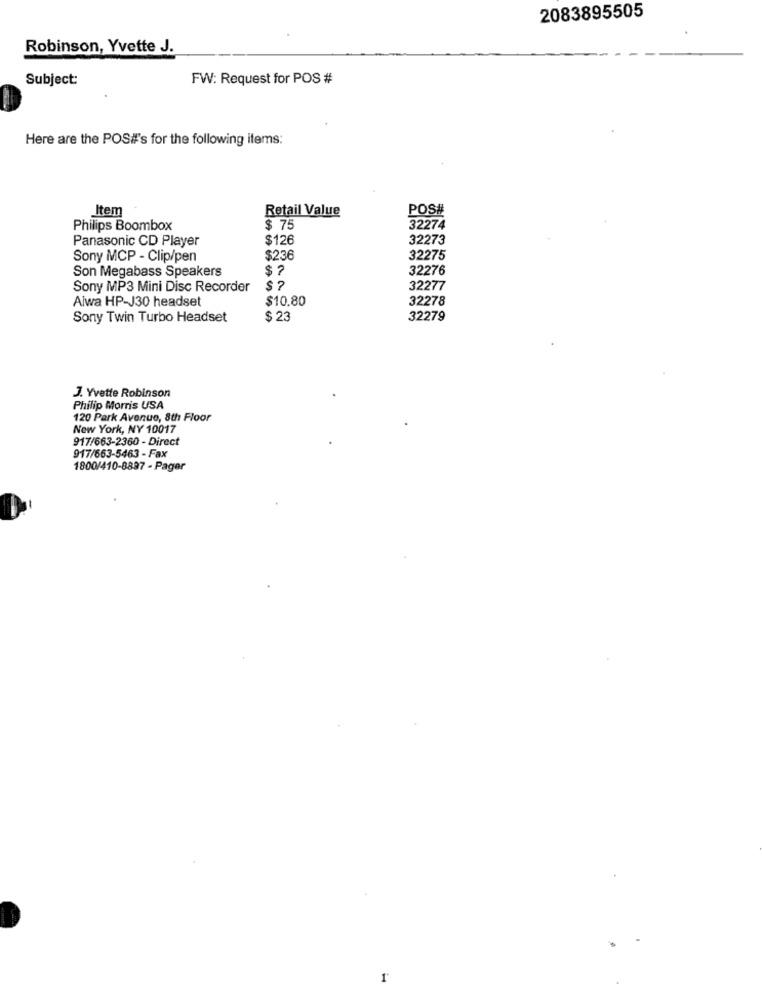
2083895505
Robinson, Yvette J.
Subject:
FW: Request for POS #
Here are the POS#'s for the following items:
Item
Retail Value
POS#
Philips Boombox
$ 75
32274
Panasonic CD Player
$126
32273
Sony MCP - Clip/pen
$236
32275
Son Megabass Speakers
$ ?
32276
Sony MP3 Mini Disc Recorder
32277
Aiwa HP-J30 headset
$10.80
32278
Sony Twin Turbo Headset
$ 23
32279
J. Yvette Robinson
Philip Morris USA
120 Park Avenue, 8th Floor
New York, NY 10017
917/663-2360 - Direct
917/663-5463 - Fax
1800/410-8897 - Pager